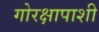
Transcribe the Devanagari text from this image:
गोरक्षापाशी